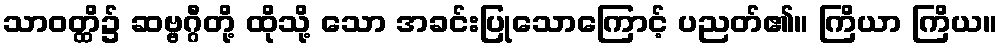
သာဝတ္ထိ၌ ဆဗ္ဗဂ္ဂီတို့ ထိုသို့ သော အခင်းပြုသောကြောင့် ပညတ်၏။ ကြိယာ ကြိယ။